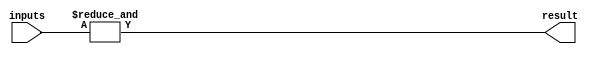
module nand_gate #(
    parameter N = 2 // Number of input ports
)(
    input [N-1:0] inputs,
    output result
);

assign result = &inputs;

endmodule